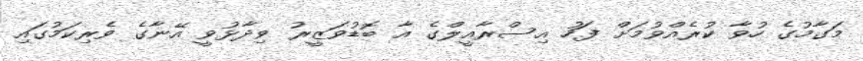
މަގާމުގެ ހުވާ ކުރެއްވުމަށް ފަހު އިސްރާއީލްގެ އާ ބޮޑުވަޒީރު ވިދާޅުވީ އޭނާގެ ވެރިކަމުގައި